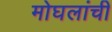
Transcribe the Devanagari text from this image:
मोघलांची